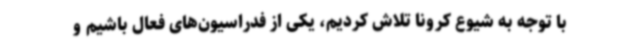
با توجه به شیوع کرونا تلاش کردیم، یکی از فدراسیون‌های فعال باشیم و